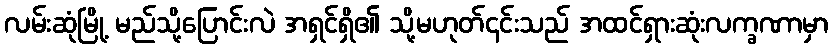
လမ်းဆုံမြို့ မည်သို့ပြောင်းလဲ အရှင်ရှိ၏ သို့မဟုတ်၎င်းသည် အထင်ရှားဆုံးလက္ခဏာမှာ